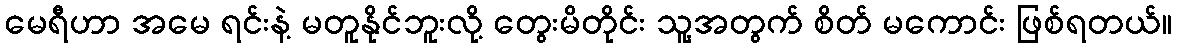
မေရီဟာ အမေ ရင်းနဲ့ မတူနိုင်ဘူးလို့ တွေးမိတိုင်း သူ့အတွက် စိတ် မကောင်း ဖြစ်ရတယ်။